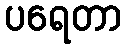
ပရေတာ